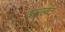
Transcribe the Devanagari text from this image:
वारछंद